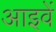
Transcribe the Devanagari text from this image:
आइवें